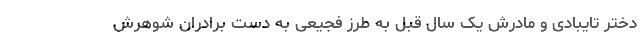
دختر تایبادی و مادرش یک سال قبل به طرز فجیعی به دست برادران شوهرش